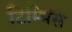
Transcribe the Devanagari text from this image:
टिम्मिंस